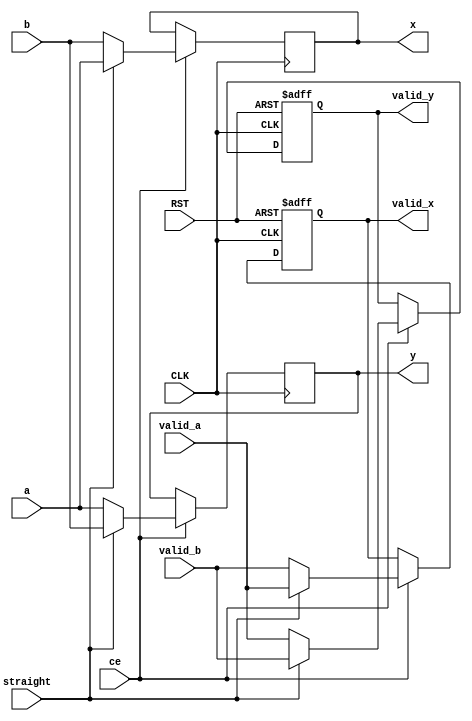

module cross_switch
  #(parameter width=8)
  (
   input                  CLK,
   input                  RST,

   input                  ce,
   input                  straight,

   input                  valid_a,
   input [width-1:0]      a,

   input                  valid_b,
   input [width-1:0]      b,

   output reg             valid_x, 
   output reg [width-1:0] x,
   output reg             valid_y,
   output reg [width-1:0] y
   );

   always @(posedge CLK) begin
      if (ce) begin
         if (straight) begin
            x <= a;
            y <= b;
         end
         else begin
            x <= b;
            y <= a;
         end
      end
   end // always @ (posedge CLK)

   always @(posedge CLK or negedge RST)
     if (!RST) begin
        valid_x <= 1'b0;
        valid_y <= 1'b0;
     end else begin
        if (ce) begin
           if (straight) begin
              valid_x <= valid_a;
              valid_y <= valid_b;
           end else begin
              valid_x <= valid_b;
              valid_y <= valid_a;
           end
        end
     end


endmodule // cross_switch